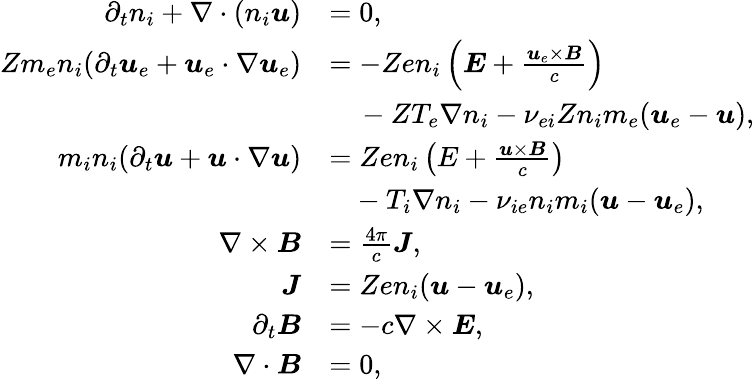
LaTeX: \begin{array}{rl}{\partial_{t}n_{i}+\nabla\cdot(n_{i}\boldsymbol{u})}&{=0,}\\ {Zm_{e}n_{i}(\partial_{t}\boldsymbol{u}_{e}+\boldsymbol{u}_{e}\cdot\nabla\boldsymbol{u}_{e})}&{=-Zen_{i}\left(\boldsymbol{E}+\frac{\boldsymbol{u}_{e}\times\boldsymbol{B}}{c}\right)}\\ &{\phantom{=}\, -ZT_{e}\nabla n_{i}-\nu_{ei}Zn_{i}m_{e}(\boldsymbol{u}_{e}-\boldsymbol{u}),}\\ {m_{i}n_{i}(\partial_{t}\boldsymbol{u}+\boldsymbol{u}\cdot\nabla\boldsymbol{u})}&{={Zen_{i}}\left(E+\frac{\boldsymbol{u}\times\boldsymbol{B}}{c}\right)}\\ &{\phantom{=}-{T_{i}}\nabla n_{i}-\nu_{ie}n_{i}m_{i}(\boldsymbol{u}-\boldsymbol{u}_{e}),}\\ {\nabla\times\boldsymbol{B}}&{=\frac{4\pi}{c}\boldsymbol{J},}\\ {\boldsymbol{J}}&{=Zen_{i}(\boldsymbol{u}-\boldsymbol{u}_{e}),}\\ {\partial_{t}\boldsymbol{B}}&{=-c\nabla\times\boldsymbol{E},}\\ {\nabla\cdot\boldsymbol{B}}&{=0,}\end{array}